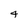
Character: 4